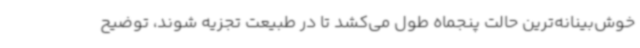
خوش‌بینانه‌ترین حالت پنجماه طول می‌کشد تا در طبیعت تجزیه شوند، توضیح